Indian journal of veterinary science and animal husbandry - Volume 1,
Year: 1931
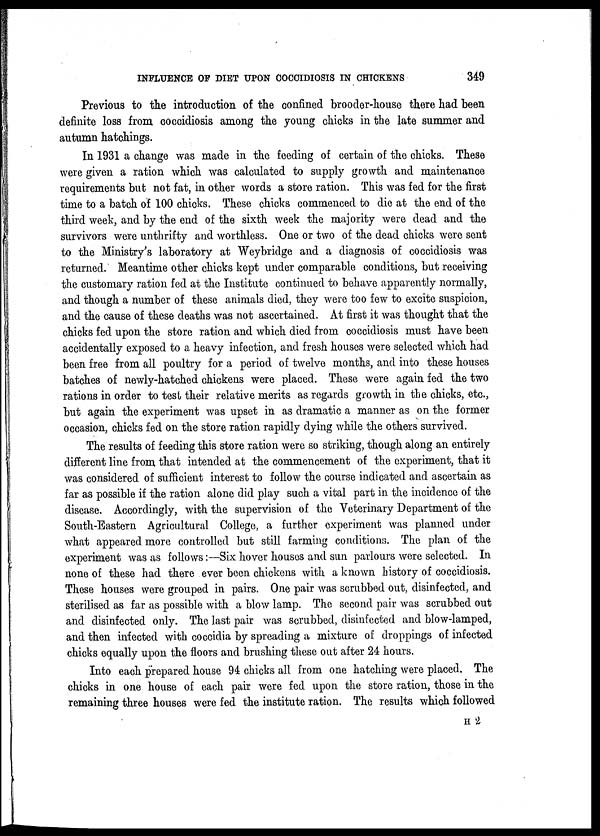
INFLUENCE OF DIET UPON COCCIDIOSIS IN CHICKENS
349
Previous to the introduction of the confined brooder-house there had been
definite loss from coccidiosis among the young chicks in the late summer and
autumn hatchings.
In 1931 a change was made in the feeding of certain of the chicks. These
were given a ration which was calculated to supply growth and maintenance
requirements but not fat, in other words a store ration. This was fed for the first
time to a batch of 100 chicks. These chicks commenced to die at the end of the
third week, and by the end of the sixth week the majority were dead and the
survivors were unthrifty and worthless. One or two of the dead chicks were sent
to the Ministry's laboratory at Weybridge and a diagnosis of coccidiosis was
returned. Meantime other chicks kept under comparable conditions, but receiving
the customary ration fed at the Institute continued to behave apparently normally,
and though a number of these animals died, they were too few to excite suspicion,
and the cause of these deaths was not ascertained. At first it was thought that the
chicks fed upon the store ration and which died from coccidiosis must have been
accidentally exposed to a heavy infection, and fresh houses were selected which had
been free from all poultry for a period of twelve months, and into these houses
batches of newly-hatched chickens were placed. These were again fed the two
rations in order to test their relative merits as regards growth in the chicks, etc.,
but again the experiment was upset in as dramatic a manner as on the former
occasion, chicks fed on the store ration rapidly dying while the others survived.
The results of feeding this store ration were so striking, though along an entirely
different line from that intended at the commencement of the experiment, that it
was considered of sufficient interest to follow the course indicated and ascertain as
far as possible if the ration alone did play such a vital part in the incidence of the
disease. Accordingly, with the supervision of the Veterinary Department of the
South-Eastern Agricultural College, a further experiment was planned under
what appeared more controlled but still farming conditions. The plan of the
experiment was as follows:—Six hover houses and sun parlours were selected. In
none of these had there ever been chickens with a known history of coccidiosis.
These houses were grouped in pairs. One pair was scrubbed out, disinfected, and
sterilised as far as possible with a blow lamp. The second pair was scrubbed out
and disinfected only. The last pair was scrubbed, disinfected and blow-lamped,
and then infected with coccidia by spreading a mixture of droppings of infected
chicks equally upon the floors and brushing these out after 24 hours.
Into each prepared house 94 chicks all from one hatching were placed. The
chicks in one house of each pair were fed upon the store ration, those in the
remaining three houses were fed the institute ration. The results which followed
H 2